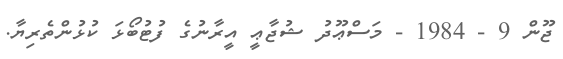
ޖޫން 9 - 1984 - މަސްޢޫދު ޝުޖާޢީ އީރާނުގެ ފުޓުބޯޅަ ކުޅުންތެރިޔާ.